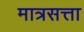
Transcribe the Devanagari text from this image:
मात्रसत्ता